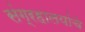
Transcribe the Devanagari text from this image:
संग्रहालयांचे